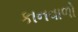
કાનવાળો